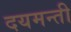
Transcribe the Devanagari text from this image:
दयमन्ती